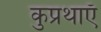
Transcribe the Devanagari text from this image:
कुप्रथाएँ